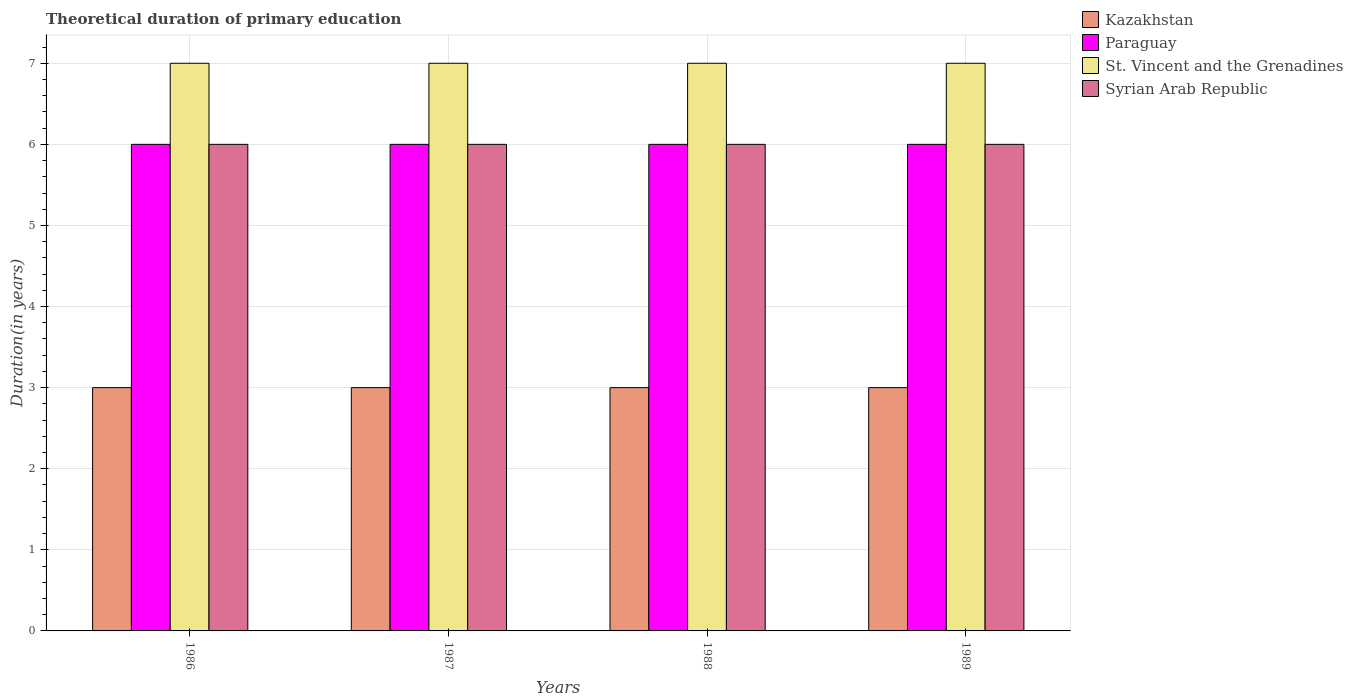
| Years | Kazakhstan | Paraguay | St. Vincent and the Grenadines | Syrian Arab Republic |
 | --- | --- | --- | --- | --- |
 | 1986 | 3 | 6 | 7 | 6 |
 | 1987 | 3 | 6 | 7 | 6 |
 | 1988 | 3 | 6 | 7 | 6 |
 | 1989 | 3 | 6 | 7 | 6 |